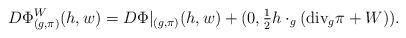
LaTeX: \begin{align*} &D{\Phi}_{(g,\pi)}^W(h , w) =D\Phi |_{(g,\pi)} (h,w) + (0,\tfrac{1}{2} h\cdot_g (\textup{div}_g \pi +W)).\end{align*}